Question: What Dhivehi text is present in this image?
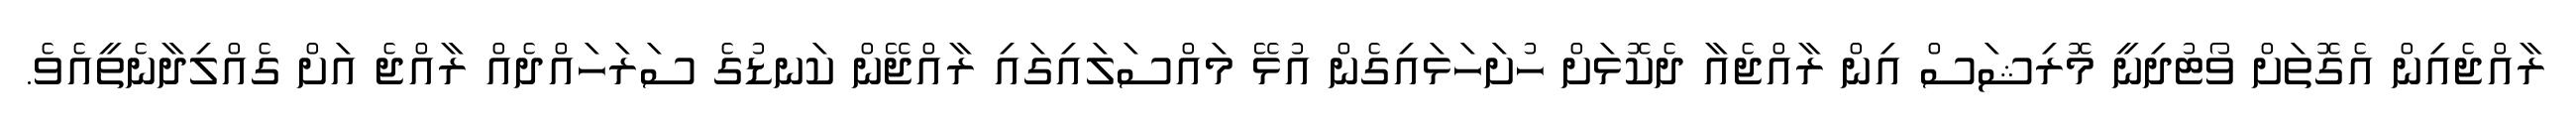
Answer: ރާއްޖެއިން އެގޮތަށް ވޯޓުދިނީ މޮރިޝަސް އިން ރާއްޖެއާ ދެކޮޅަށް ހުށަހަޅައިގެން އުޅޭ މައްސަލައިގައި ރާއްޖޭން ކަނޑުގެ ސަރަހައްދެއް ރާއްޖެ އަށް ގެއްލިދާނެތީއެވެ.